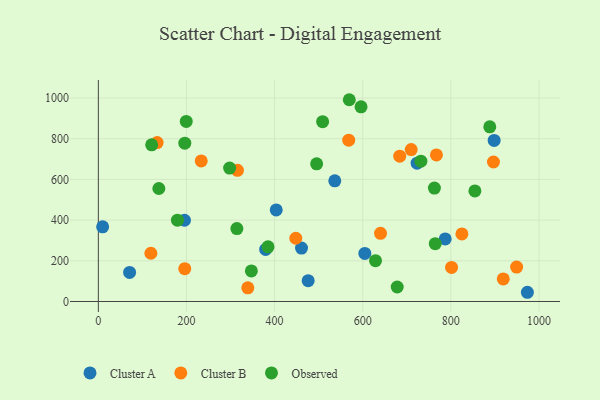
{"axis": {"x": "Study Hours", "y": "Profit"}, "legend": ["Cluster A", "Cluster B", "Observed"], "data": [{"x": "476.2", "y": 102.2, "type": "Cluster A"}, {"x": "195.5", "y": 399.2, "type": "Cluster A"}, {"x": "9.7", "y": 366.9, "type": "Cluster A"}, {"x": "461.1", "y": 262.7, "type": "Cluster A"}, {"x": "973.7", "y": 45.3, "type": "Cluster A"}, {"x": "604.8", "y": 236.0, "type": "Cluster A"}, {"x": "70.9", "y": 142.9, "type": "Cluster A"}, {"x": "403.7", "y": 450.1, "type": "Cluster A"}, {"x": "898.3", "y": 791.8, "type": "Cluster A"}, {"x": "379.7", "y": 256.1, "type": "Cluster A"}, {"x": "787.2", "y": 307.7, "type": "Cluster A"}, {"x": "536.6", "y": 593.2, "type": "Cluster A"}, {"x": "723.4", "y": 679.7, "type": "Cluster A"}, {"x": "949.3", "y": 169.0, "type": "Cluster B"}, {"x": "568.2", "y": 792.7, "type": "Cluster B"}, {"x": "233.5", "y": 690.9, "type": "Cluster B"}, {"x": "315.7", "y": 644.6, "type": "Cluster B"}, {"x": "825.1", "y": 332.3, "type": "Cluster B"}, {"x": "919.0", "y": 110.8, "type": "Cluster B"}, {"x": "196.1", "y": 161.2, "type": "Cluster B"}, {"x": "448.1", "y": 310.7, "type": "Cluster B"}, {"x": "339.2", "y": 67.2, "type": "Cluster B"}, {"x": "684.0", "y": 714.4, "type": "Cluster B"}, {"x": "801.6", "y": 167.4, "type": "Cluster B"}, {"x": "767.3", "y": 720.1, "type": "Cluster B"}, {"x": "640.4", "y": 335.0, "type": "Cluster B"}, {"x": "119.2", "y": 237.1, "type": "Cluster B"}, {"x": "133.4", "y": 780.8, "type": "Cluster B"}, {"x": "896.7", "y": 685.5, "type": "Cluster B"}, {"x": "710.0", "y": 746.8, "type": "Cluster B"}, {"x": "199.5", "y": 885.0, "type": "Observed"}, {"x": "569.5", "y": 991.6, "type": "Observed"}, {"x": "137.3", "y": 555.2, "type": "Observed"}, {"x": "196.2", "y": 777.9, "type": "Observed"}, {"x": "121.0", "y": 770.0, "type": "Observed"}, {"x": "629.0", "y": 200.8, "type": "Observed"}, {"x": "179.5", "y": 399.6, "type": "Observed"}, {"x": "347.3", "y": 150.3, "type": "Observed"}, {"x": "888.4", "y": 858.6, "type": "Observed"}, {"x": "297.9", "y": 655.6, "type": "Observed"}, {"x": "678.3", "y": 71.3, "type": "Observed"}, {"x": "495.4", "y": 676.4, "type": "Observed"}, {"x": "509.0", "y": 883.5, "type": "Observed"}, {"x": "732.0", "y": 689.7, "type": "Observed"}, {"x": "764.6", "y": 284.0, "type": "Observed"}, {"x": "854.6", "y": 543.2, "type": "Observed"}, {"x": "596.2", "y": 956.8, "type": "Observed"}, {"x": "762.7", "y": 557.3, "type": "Observed"}, {"x": "385.1", "y": 268.6, "type": "Observed"}, {"x": "314.4", "y": 358.4, "type": "Observed"}]}